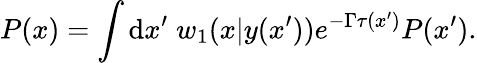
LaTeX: P(x)=\int\mathrm{d}x^{\prime}\; w_{1}(x|y(x^{\prime}))e^{-\Gamma\tau(x^{\prime})}P(x^{\prime}).